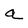
Character: a